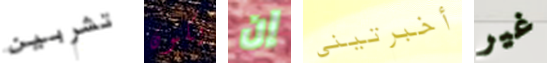
تشربين يكون إن أخبرتيني غير